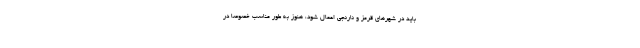
باید در شهرهای قرمز و نارنجی اعمال شود، هنوز به طور مناسب خصوصا در